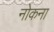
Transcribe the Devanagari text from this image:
नोकना